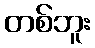
တစ်ဘူး